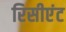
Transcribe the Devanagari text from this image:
रिसीएंट